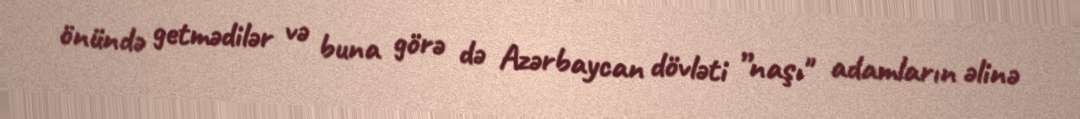
önündə getmədilər və buna görə də Azərbaycan dövləti ”naşı" adamların əlinə